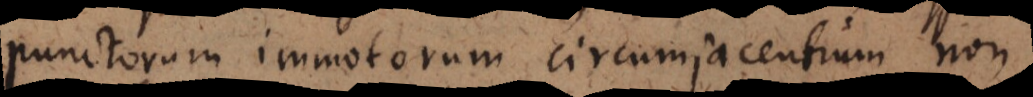
punctorum immotorum circumjacentium non